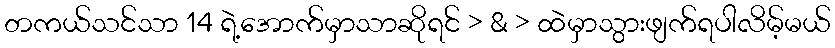
တကယ်သင်သာ 14 ရဲ့အောက်မှာသာဆိုရင် > & > ထဲမှာသွားဖျက်ရပါလိမ့်မယ်